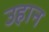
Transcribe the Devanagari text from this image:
उहान